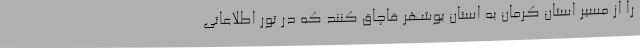
را از مسیر استان کرمان به استان بوشهر قاچاق کنند که در تور اطلاعاتی